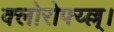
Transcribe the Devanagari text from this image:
क्लोरोफ्य्ल्ल्।